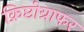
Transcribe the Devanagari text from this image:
क्रिप्टोग्राफर